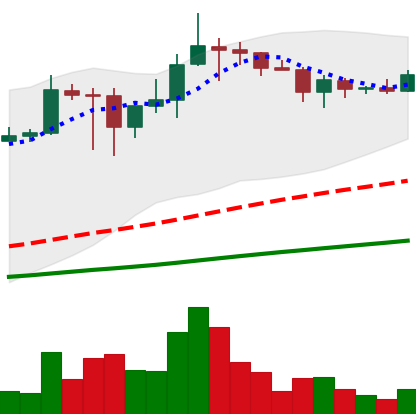
Ticker: ADA-USD
Chart end date: 2021-03-09
Forward return: -11.38%
Label: down_7plus